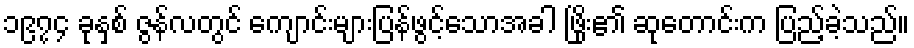
၁၉၇၄ ခုနှစ် ဇွန်လတွင် ကျောင်းများပြန်ဖွင့်သောအခါ ဖြိုး၏ ဆုတောင်းက ပြည့်ခဲ့သည်။